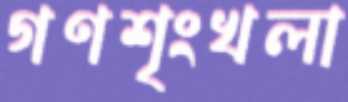
গণশৃংখলা